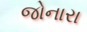
જોનારા